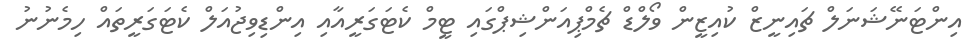
އިންޓަނޭޝަނަލް ޗައިނީޒް ކުއިޒީން ވޯލްޑް ޗެމްޕިއަންޝިޕްގައި ޓީމް ކެޓަގަރީއާއި އިންޑިވިޖުއަލް ކެޓަގަރީތައް ހިމެނުނު